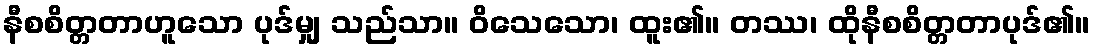
နီစစိတ္တတာဟူသော ပုဒ်မျှ သည်သာ။ ဝိသေသော၊ ထူး၏။ တဿ၊ ထိုနီစစိတ္တတာပုဒ်၏။